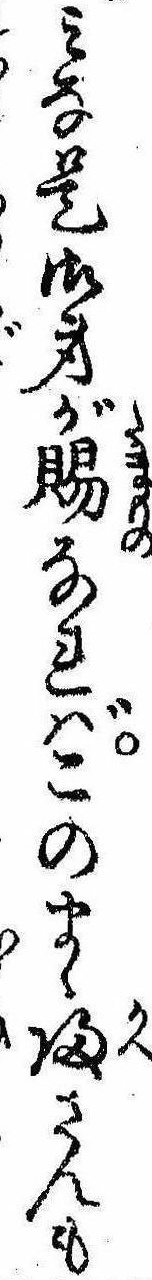
みな是御身が賜なればこのまゝ帰さんも